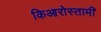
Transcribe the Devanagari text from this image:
किआरोस्तामी